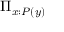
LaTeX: \Pi _ { x : P ( y ) }